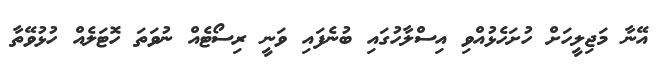
އޭނާ މަޖިލީހަށް ހުށަހެޅުއްވި އިސްލާހުގައި ބުނެފައި ވަނީ ރިސޯޓެއް ނުވަތަ ހޮޓަލެއް ހުޅުވޭތާ